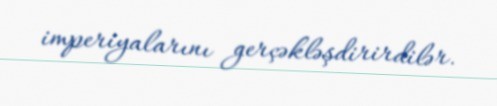
imperiyalarını gerçəkləşdirirdilər.